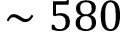
\sim 5 8 0